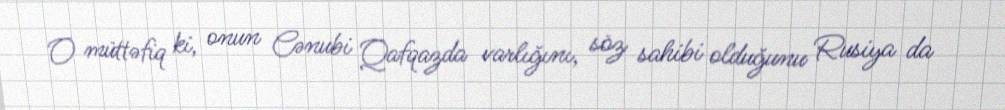
O müttəfiq ki, onun Cənubi Qafqazda varlığını, söz sahibi olduğunu Rusiya da